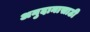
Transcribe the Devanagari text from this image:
अनुदानासाठी